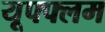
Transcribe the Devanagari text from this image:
यूफ्फ्लम